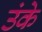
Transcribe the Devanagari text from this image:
उंके